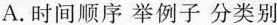
A.时间顺序举例子分类别